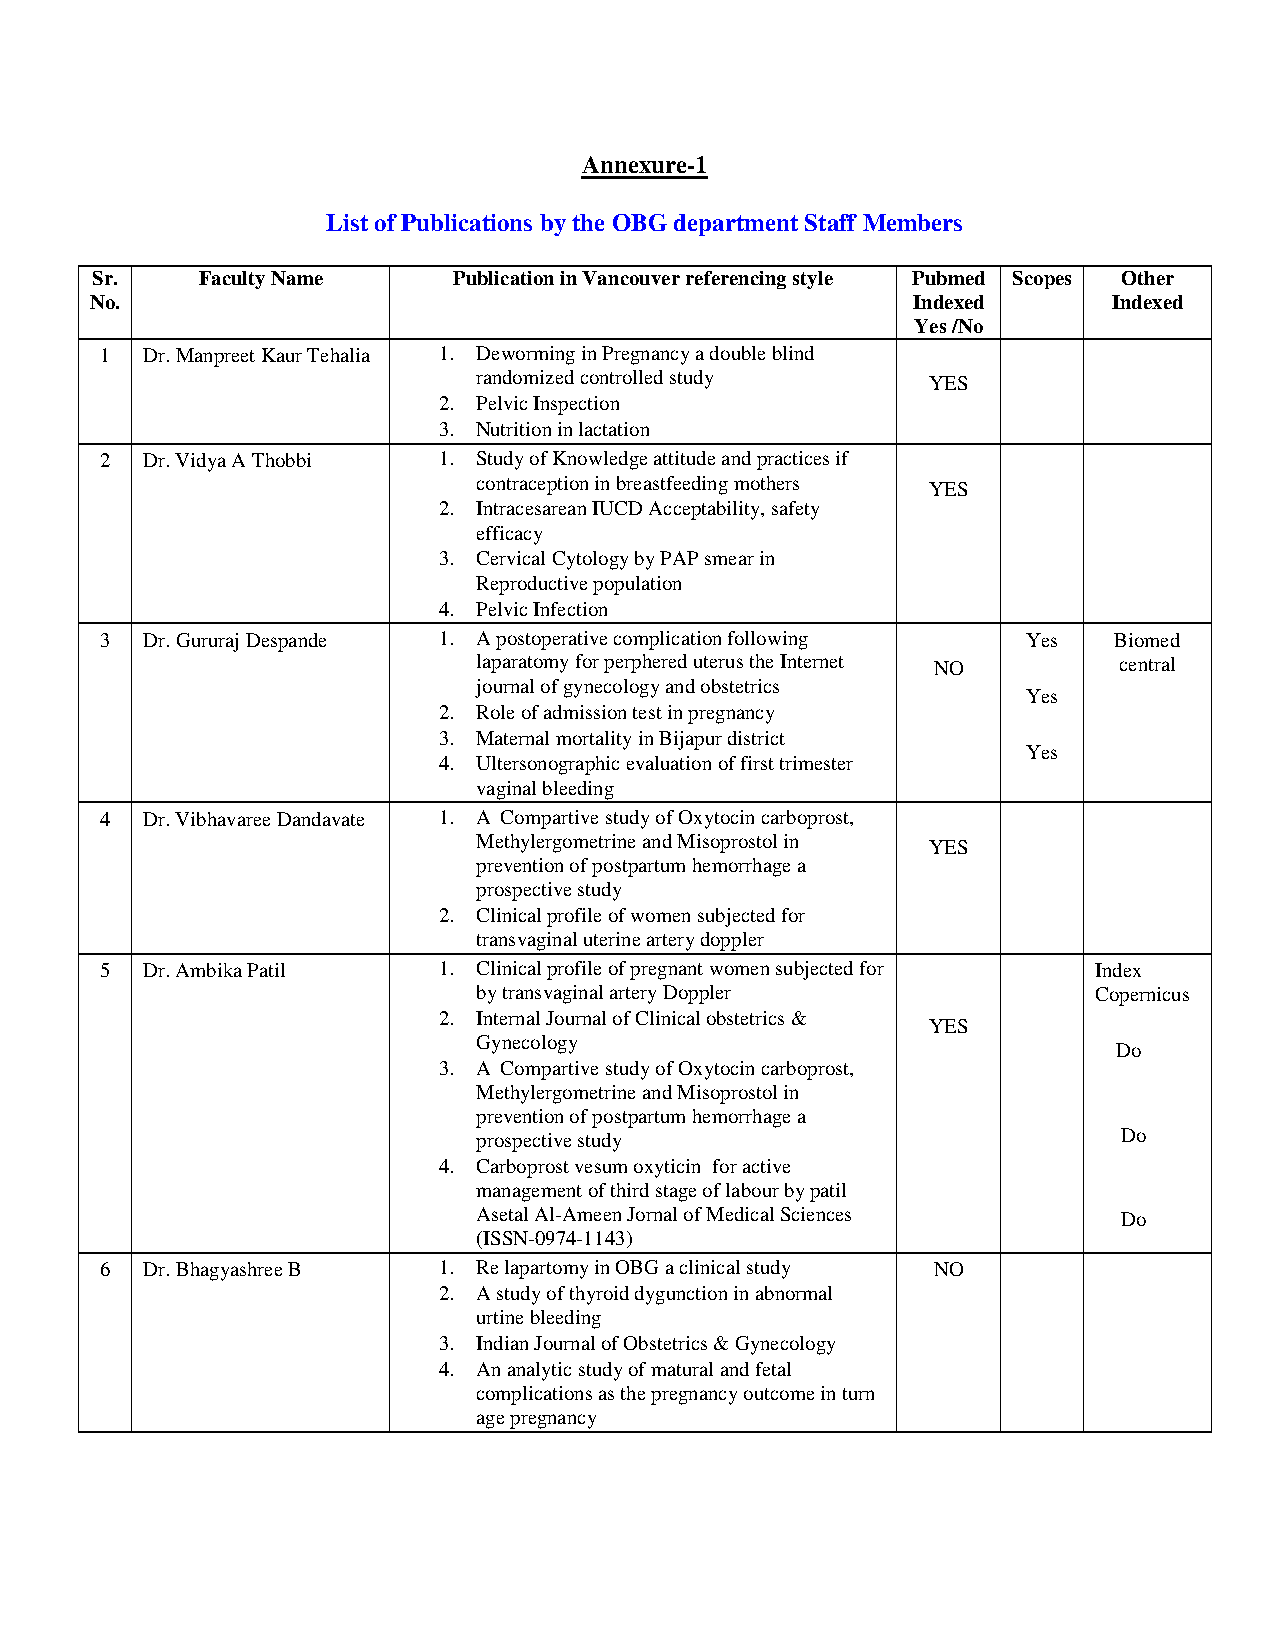
Annexure-1
 List of Publications by the OBG department Staff Members
 Sr.    Faculty Name     Publication in Vancouver referencing style Pubmed Scopes Other
 No.                                                   Indexed       Indexed
 Yes /No
 1 Dr. Manpreet Kaur Tehalia 1. Deworming in Pregnancy a double blind
 randomized controlled study   YES
 2. Pelvic Inspection
 3. Nutrition in lactation
 2 Dr. Vidya A Thobbi  1. Study of Knowledge attitude and practices if
 contraception in breastfeeding mothers YES
 2. Intracesarean IUCD Acceptability, safety
 efficacy
 3. Cervical Cytology by PAP smear in
 Reproductive population
 4. Pelvic Infection
 3 Dr. Gururaj Despande 1. A postoperative complication following Yes Biomed
 laparatomy for perphered uterus the Internet NO central
 journal of gynecology and obstetrics
 Yes
 2. Role of admission test in pregnancy
 3. Maternal mortality in Bijapur district
 Yes
 4. Ultersonographic evaluation of first trimester
 vaginal bleeding
 4 Dr. Vibhavaree Dandavate 1. A Compartive study of Oxytocin carboprost,
 Methylergometrine and Misoprostol in YES
 prevention of postpartum hemorrhage a
 prospective study
 2. Clinical profile of women subjected for
 transvaginal uterine artery doppler
 5 Dr. Ambika Patil    1. Clinical profile of pregnant women subjected for Index
 by transvaginal artery Doppler          Copernicus
 2. Internal Journal of Clinical obstetrics &
 YES
 Gynecology
 Do
 3. A Compartive study of Oxytocin carboprost,
 Methylergometrine and Misoprostol in
 prevention of postpartum hemorrhage a
 prospective study                         Do
 4. Carboprost vesum oxyticin for active
 management of third stage of labour by patil
 Asetal Al-Ameen Jornal of Medical Sciences Do
 (ISSN-0974-1143)
 6 Dr. Bhagyashree B   1. Re lapartomy in OBG a clinical study NO
 2. A study of thyroid dygunction in abnormal
 urtine bleeding
 3. Indian Journal of Obstetrics & Gynecology
 4. An analytic study of matural and fetal
 complications as the pregnancy outcome in turn
 age pregnancy